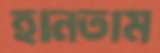
হানতাম